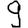
Digit: 9